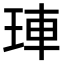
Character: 𤥭